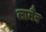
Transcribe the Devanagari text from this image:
लामैर